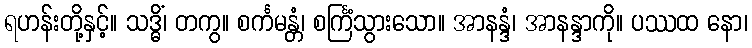
ရဟန်းတို့နှင့်။ သဒ္ဓိံ၊ တကွ။ စင်္ကမန္တံ၊ စင်္ကြံသွားသော။ အာနန္ဒံ၊ အာနန္ဒာကို။ ပဿထ နော၊